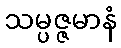
သမ္ပဇ္ဇမာနံ